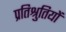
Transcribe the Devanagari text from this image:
प्रतिश्रुतियों